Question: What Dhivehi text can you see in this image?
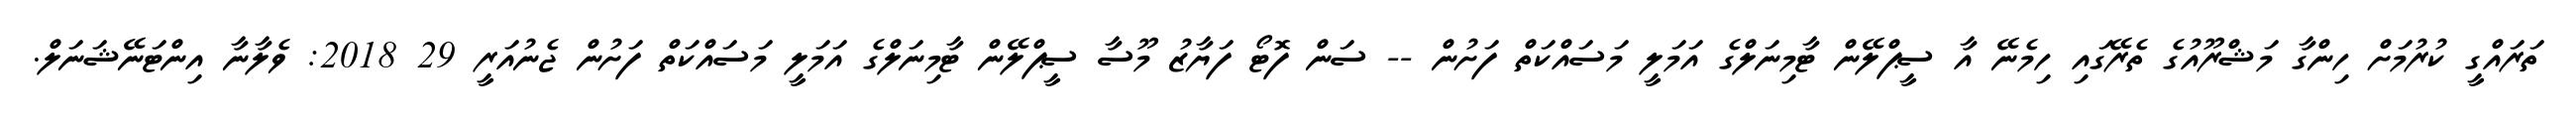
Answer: ތަރައްގީ ކުރުމަށް ހިންގާ މަޝްރޫއުގެ ތެރޭގައި ހިމެނޭ އާ ސީޕްލޭން ޓާމިނަލްގެ އަމަލީ މަސައްކަތް ފަށުން -- ސަން ފޮޓޯ ފަޔާޒު މޫސާ ސީޕްލޭން ޓާމިނަލްގެ އަމަލީ މަސައްކަތް ފަށުން ޖެނުއަރީ 29 2018: ވެލާނާ އިންޓަނޭޝަނަލް.